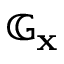
\mathbb G _ { \mathbf { x } }